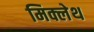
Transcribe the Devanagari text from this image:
मिक्लेथ